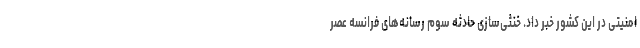
امنیتی در این کشور خبر داد. خنثی‌سازی حادثه سوم رسانه‌های فرانسه عصر